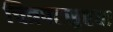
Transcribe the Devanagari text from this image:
चित्रपटसृष्ट्या